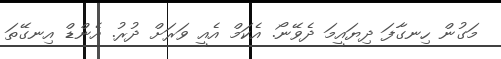
މަގުން ހިނގާފަ ދިޔައީމަ ދެވޭނޯ. އެކަމް އެއީ ވަރަށް ދުރު. އެންޑް އިނގޭތަ